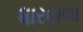
ધારવાળા